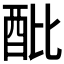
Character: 𨟵